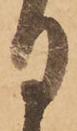
日